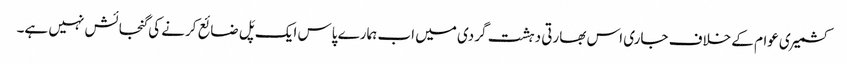
کشمیری عوام کے خلاف جاری اس بھارتی دہشت گردی میں اب ہمارے پاس ایک پَل ضائع کرنے کی گنجائش نہیں ہے۔